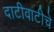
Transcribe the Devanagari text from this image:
दाटीवाटीचे